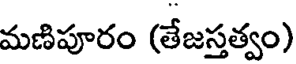
మణిపూరం (తేజస్తత్వం)